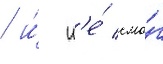
/ и́ н'е́ смо́г